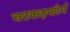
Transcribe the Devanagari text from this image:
चरकइफोर्म